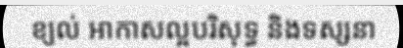
ខ្យល់ អាកាសល្អបរិសុទ្ធ និងទស្សនា